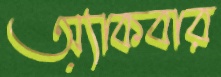
অ্যাকবার